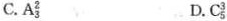
C. A_{3}^{2} D.C_{5}^{3}